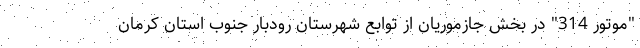
"موتور 314" در بخش جازموریان از توابع شهرستان رودبار جنوب استان کرمان